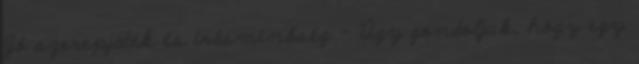
Jó szerepjáték és írásminőség - Úgy gondoljuk, hogy egy